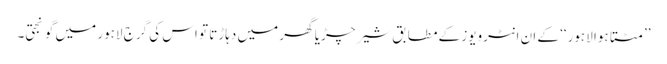
’’مٹتا ہوا لاہور‘‘ کے ان انٹرویوز کے مطابق شیر چڑیا گھر میں دہاڑتا تو اس کی گرج لاہور میں گونجتی۔